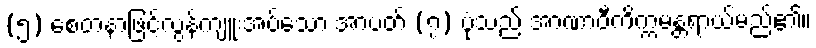
(၅) စေတနာဖြင့်လွန်ကျူးအပ်သော အာပတ် (၇) ပုံသည် အာဏာဝီကိက္ကမန္တရာယ်မည်၏။